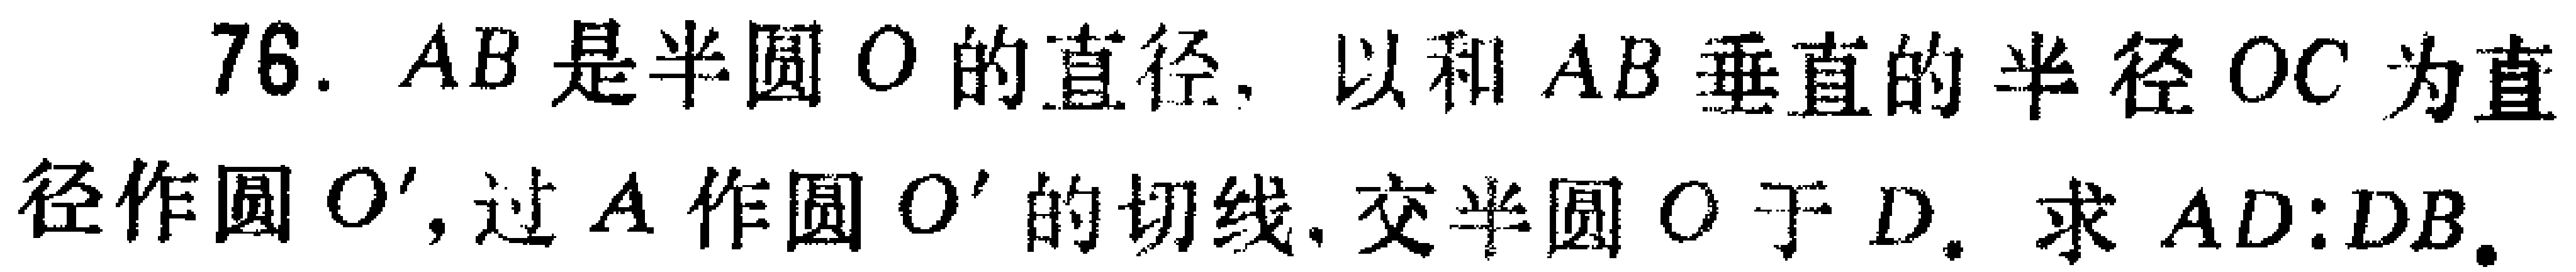
76. $AB$是半圆$O$的直径, 以和$AB$垂直的半径$OC$为直径作圆$O^{\prime}$,过$A$作圆$O^{\prime}$的切线,交半圆$O$于$D$. 求$AD:DB$.